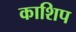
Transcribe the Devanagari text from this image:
काशिप